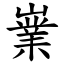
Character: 嶪